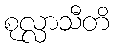
စုလ္လာသီတိ